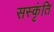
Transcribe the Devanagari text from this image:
सस्कृंति